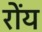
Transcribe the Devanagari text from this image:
रोंय